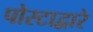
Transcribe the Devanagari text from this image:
पोस्टाद्वारे